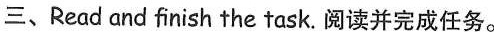
三、Read and finish the task.阅读并完成任务.